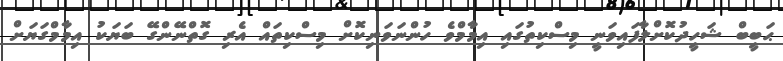
ޙަބީބް ޝަހީދުކޮށްލާފައިވަނީ މިސްކިތުގައި އިމާމްވެ ހުންނަވަނިކޮށް މިސްކިތައް އެރި ގޮތްނޭންގޭ ބަޔަކު އިމާމްގަޔަށް